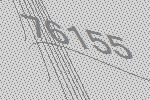
76155